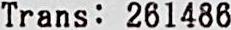
TRANS: 261486